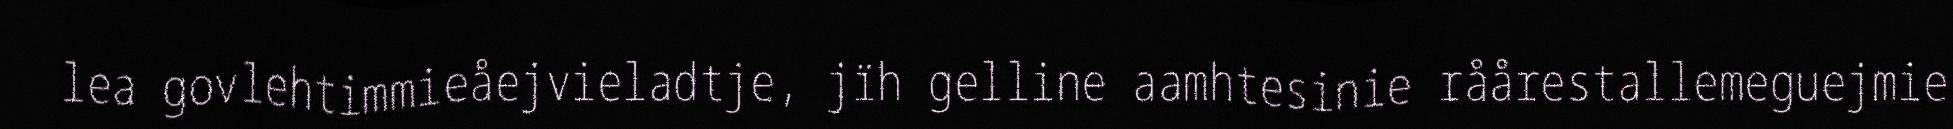
lea govlehtimmieåejvieladtje, jïh gelline aamhtesinie råårestallemeguejmie